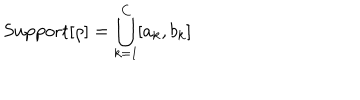
\mathrm { S u p p o r t } [ \rho ] = \bigcup _ { k = 1 } ^ { C } [ a _ { k } , b _ { k } ]